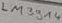
Text: LM3914